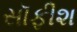
સૉફીશ